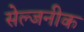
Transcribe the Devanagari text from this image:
सेल्जनीक